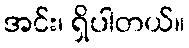
အင်း၊ ရှိပါတယ်။